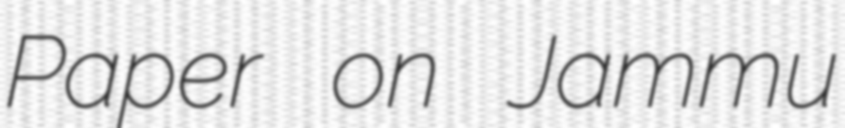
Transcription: Paper on Jammu